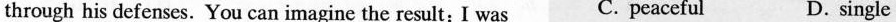
through his defenses. You can imagine the result:I was C. peaceful D. single